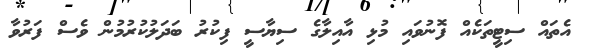
އެތައް ސިޓީތަކެއް ފޮނުވައި މުޅި އާއިލާގެ ސިޔާސީ ފިކުރު ބަދަލުކުރުމުން ވެސް ފަރުވާ